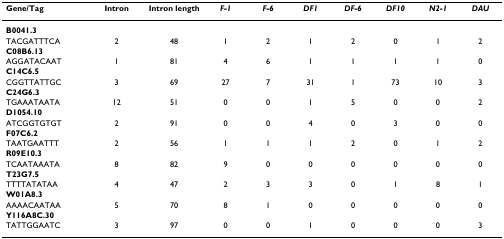
<table><thead><tr><td><b>Gene/Tag</b></td><td><b>Intron</b></td><td><b>Intron length</b></td><td><b><i>F-1</i></b></td><td><b><i>F-6</i></b></td><td><b><i>DF1</i></b></td><td><b><i>DF-6</i></b></td><td><b><i>DF10</i></b></td><td><b><i>N2-1</i></b></td><td><b><i>DAU</i></b></td></tr></thead><tbody><tr><td><b>B0041.3</b></td><td></td><td></td><td></td><td></td><td></td><td></td><td></td><td></td><td></td></tr><tr><td>TACGATTTCA</td><td>2</td><td>48</td><td>1</td><td>2</td><td>1</td><td>2</td><td>0</td><td>1</td><td>2</td></tr><tr><td><b>C08B6.13</b></td><td></td><td></td><td></td><td></td><td></td><td></td><td></td><td></td><td></td></tr><tr><td>AGGATACAAT</td><td>1</td><td>81</td><td>4</td><td>6</td><td>1</td><td>1</td><td>1</td><td>1</td><td>0</td></tr><tr><td><b>C14C6.5</b></td><td></td><td></td><td></td><td></td><td></td><td></td><td></td><td></td><td></td></tr><tr><td>CGGTTATTGC</td><td>3</td><td>69</td><td>27</td><td>7</td><td>31</td><td>1</td><td>73</td><td>10</td><td>3</td></tr><tr><td><b>C24G6.3</b></td><td></td><td></td><td></td><td></td><td></td><td></td><td></td><td></td><td></td></tr><tr><td>TGAAATAATA</td><td>12</td><td>51</td><td>0</td><td>0</td><td>1</td><td>5</td><td>0</td><td>0</td><td>2</td></tr><tr><td><b>D1054.10</b></td><td></td><td></td><td></td><td></td><td></td><td></td><td></td><td></td><td></td></tr><tr><td>ATCGGTGTGT</td><td>2</td><td>91</td><td>0</td><td>0</td><td>4</td><td>0</td><td>3</td><td>0</td><td>0</td></tr><tr><td><b>F07C6.2</b></td><td></td><td></td><td></td><td></td><td></td><td></td><td></td><td></td><td></td></tr><tr><td>TAATGAATTT</td><td>2</td><td>56</td><td>1</td><td>1</td><td>1</td><td>2</td><td>0</td><td>1</td><td>2</td></tr><tr><td><b>R09E10.3</b></td><td></td><td></td><td></td><td></td><td></td><td></td><td></td><td></td><td></td></tr><tr><td>TCAATAAATA</td><td>8</td><td>82</td><td>9</td><td>0</td><td>0</td><td>0</td><td>0</td><td>0</td><td>0</td></tr><tr><td><b>T23G7.5</b></td><td></td><td></td><td></td><td></td><td></td><td></td><td></td><td></td><td></td></tr><tr><td>TTTTATATAA</td><td>4</td><td>47</td><td>2</td><td>3</td><td>3</td><td>0</td><td>1</td><td>8</td><td>1</td></tr><tr><td><b>W01A8.3</b></td><td></td><td></td><td></td><td></td><td></td><td></td><td></td><td></td><td></td></tr><tr><td>AAAACAATAA</td><td>5</td><td>70</td><td>8</td><td>1</td><td>0</td><td>0</td><td>0</td><td>0</td><td>0</td></tr><tr><td><b>Y116A8C.30</b></td><td></td><td></td><td></td><td></td><td></td><td></td><td></td><td></td><td></td></tr><tr><td>TATTGGAATC</td><td>3</td><td>97</td><td>0</td><td>0</td><td>1</td><td>0</td><td>0</td><td>0</td><td>3</td></tr></tbody></table>